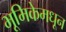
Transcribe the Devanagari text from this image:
भूमिकेमधून